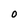
Character: O